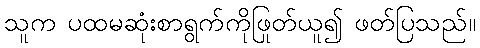
သူက ပထမဆုံးစာရွက်ကိုဖြုတ်ယူ၍ ဖတ်ပြသည်။